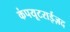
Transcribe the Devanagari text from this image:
कंपयूटराईज़द